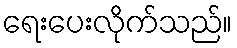
ရေးပေးလိုက်သည်။